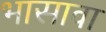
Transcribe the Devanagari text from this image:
भासावा